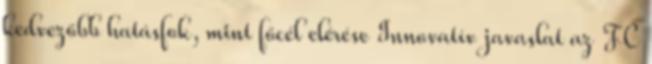
kedvezőbb hatásfok, mint főcél elérése Innovatív javaslat az FC